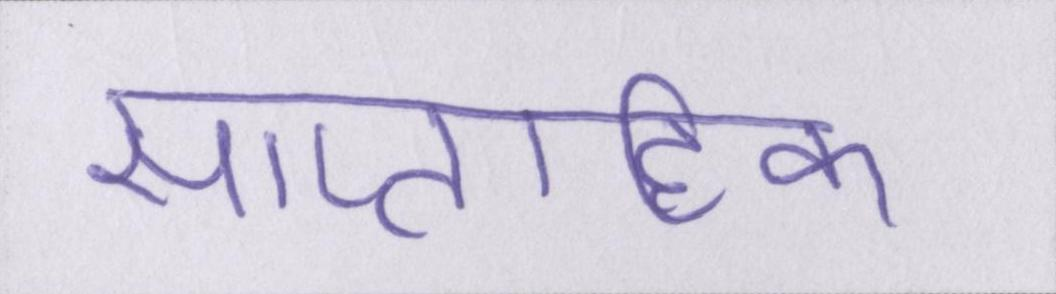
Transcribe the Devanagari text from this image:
साप्ताहिक